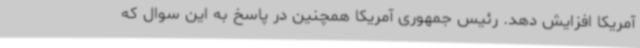
آمریکا افزایش دهد. رئیس جمهوری آمریکا همچنین در پاسخ به این سوال که